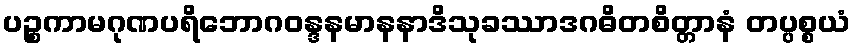
ပဉ္စကာမဂုဏပရိဘောဂဝန္ဒနမာနနာဒိသုခဿာဒဂဓိတစိတ္တာနံ တပ္ပစ္စယံ